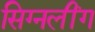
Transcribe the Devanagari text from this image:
सिग्नलींग